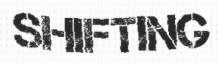
SHIFTING